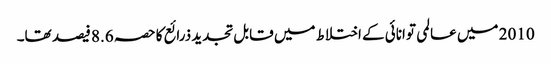
2010 میں عالمی توانائی کے اختلاط میں قابل تجدید ذرائع کا حصہ 8.6 فیصد تھا۔